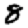
Digit: 8